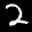
Label: 2